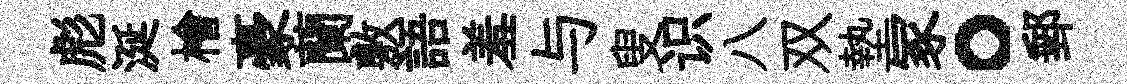
彪涎檜豪蘭敷語羞与叟识八双墊冢。郵